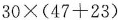
$$30\times(47+23)$$